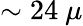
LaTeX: \sim 24~\mu